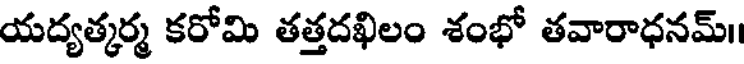
యద్యత్కర్మ కరోమి తత్తదఖిలం శంభో తవారాధనమ్।।